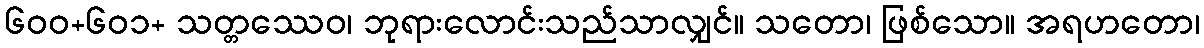
၆၀၀+၆၀၁+ သတ္တဿေဝ၊ ဘုရားလောင်းသည်သာလျှင်။ သတော၊ ဖြစ်သော။ အရဟတော၊